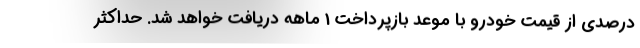
درصدی از قیمت خودرو با موعد بازپرداخت 1 ماهه دریافت خواهد شد. حداکثر